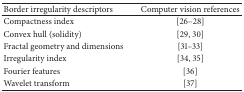
<table><thead><tr><td><b>Border irregularity descriptors</b></td><td><b>Computer vision references</b></td></tr></thead><tbody><tr><td>Compactness index</td><td>[26–28]</td></tr><tr><td>Convex hull (solidity)</td><td>[29, 30]</td></tr><tr><td>Fractal geometry and dimensions</td><td>[31–33]</td></tr><tr><td>Irregularity index</td><td>[34, 35]</td></tr><tr><td>Fourier features</td><td>[36]</td></tr><tr><td>Wavelet transform</td><td>[37]</td></tr></tbody></table>